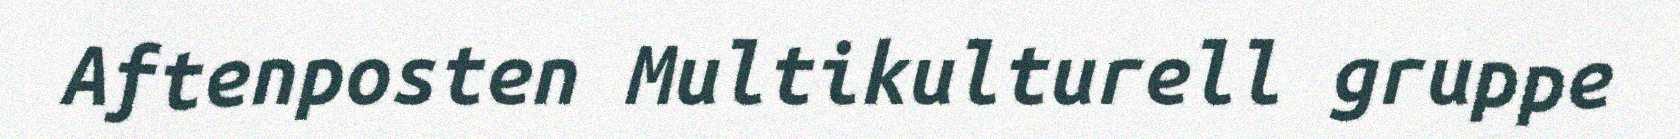
Aftenposten Multikulturell gruppe